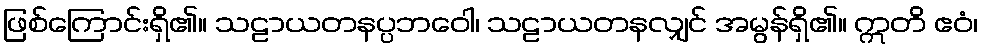
ဖြစ်ကြောင်းရှိ၏။ သဠာယတနပ္ပဘဝေါ၊ သဠာယတနလျှင် အမွန်ရှိ၏။ ဣတိ ဧဝံ၊